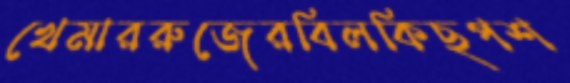
খেমাররুজেরবিলকিছপশ